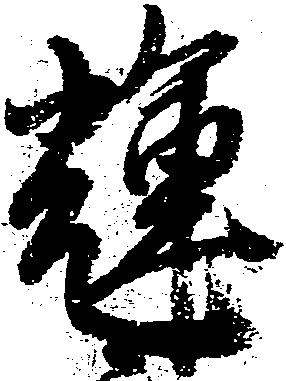
輝